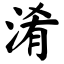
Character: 淆